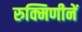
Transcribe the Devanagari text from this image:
रुक्मिणीनें